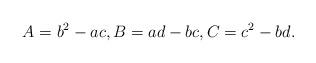
LaTeX: \begin{align*}A = b^2 - ac, B = ad - bc, C = c^2 - bd.\end{align*}